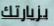
بزيارتك